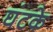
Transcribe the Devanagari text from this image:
घंटके